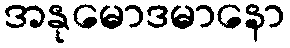
အနုမောဒမာနော